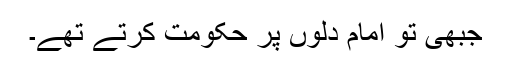
جبھی تو امام دلوں پر حکومت کرتے تھے۔